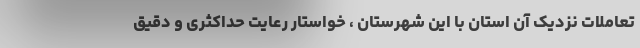
تعاملات نزدیک آن استان با این شهرستان ، خواستار رعایت حداکثری و دقیق